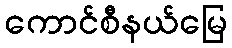
ကောင်စီနယ်မြေ